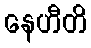
နေဟီတိ